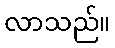
လာသည်။